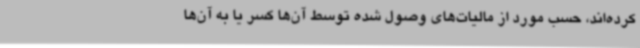
کرده‌اند، حسب مورد از مالیات‌های وصول شده توسط آن‌ها کسر یا به آن‌ها